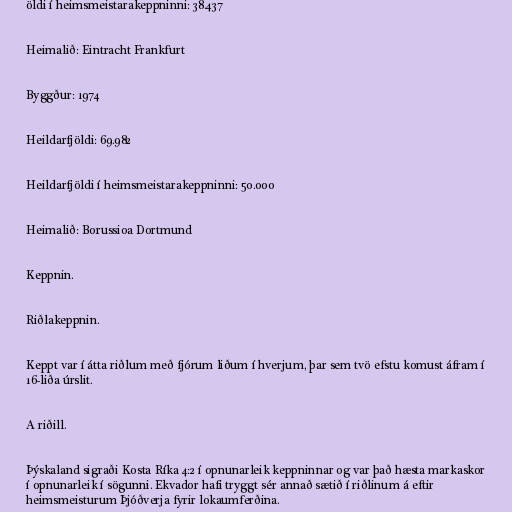
öldi í heimsmeistarakeppninni: 38.437

Heimalið: Eintracht Frankfurt

Byggður: 1974

Heildarfjöldi: 69.982

Heildarfjöldi í heimsmeistarakeppninni: 50.000

Heimalið: Borussioa Dortmund

Keppnin.

Riðlakeppnin.

Keppt var í átta riðlum með fjórum liðum í hverjum, þar sem tvö efstu komust áfram í
16-liða úrslit.

A riðill.

Þýskaland sigraði Kosta Ríka 4:2 í opnunarleik keppninnar og var það hæsta markaskor
í opnunarleik í sögunni. Ekvador hafi tryggt sér annað sætið í riðlinum á eftir
heimsmeisturum Þjóðverja fyrir lokaumferðina.